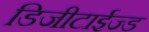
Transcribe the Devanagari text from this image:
डिजीटाईज्‍ड